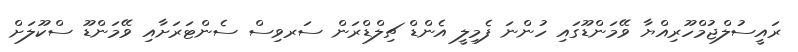
ރައީސުލްޖުމްހޫރިއްޔާ ވޭމަންޑޫގައި ހުންނަ ފެމިލީ އެންޑް ޗިލްޑްރަން ސަރވިސް ސެންޓަރަށާއި ވޭމަންޑޫ ސްކޫލަށް